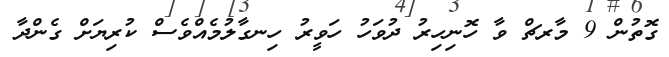
ގޮތުން 9 މާރޗް ވާ ހޮނިހިރު ދުވަހު ހަވީރު ހިނގާލުމެއްވެސް ކުރިޔަށް ގެންދާ